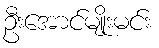
ဦးအောင်မျိုးမင်း